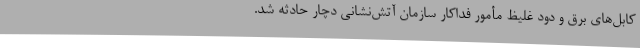
کابل‌های برق و دود غلیظ مأمور فداکار سازمان آتش‌نشانی دچار حادثه شد.